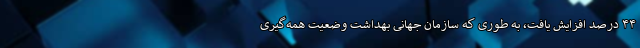
۴۴ درصد افزایش یافت، به طوری که سازمان جهانی بهداشت وضعیت همه‌گیری